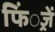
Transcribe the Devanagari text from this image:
फिं्रजें